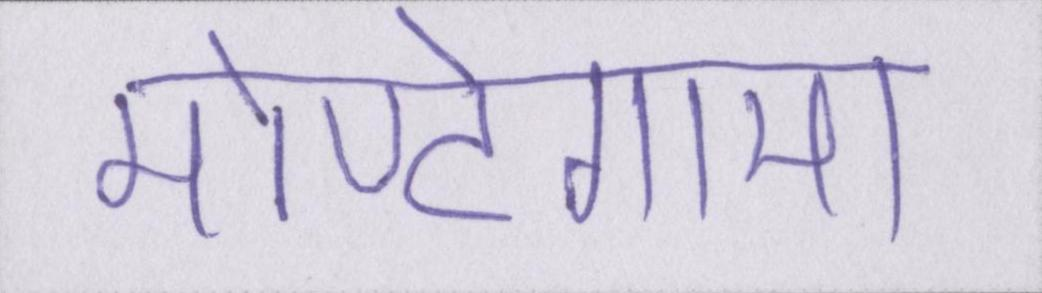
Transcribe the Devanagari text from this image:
मोण्टेगामा